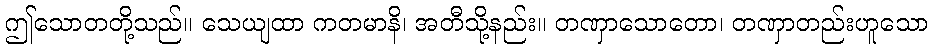
ဤသောတတို့သည်။ သေယျထာ ကတမာနိ၊ အတီသို့နည်း။ တဏှာသောတော၊ တဏှာတည်းဟူသော